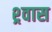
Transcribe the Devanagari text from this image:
श्र्वास